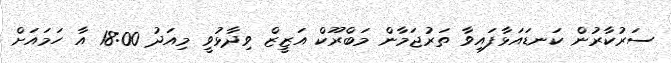
ސަރުކާރުން ކަނޑައަޅާފައިވާ ތަރުޖަމާން މަބްރޫކް އަޒީޒް ވިދާޅުވީ މިއަދު 18:00 އާ ހަމައަށް